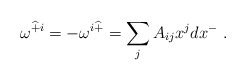
\begin{align*} \omega^{\widehat{+}i} = -\omega^{i\widehat{+}} = \sum_j A_{ij} x^j dx^-~.\end{align*}